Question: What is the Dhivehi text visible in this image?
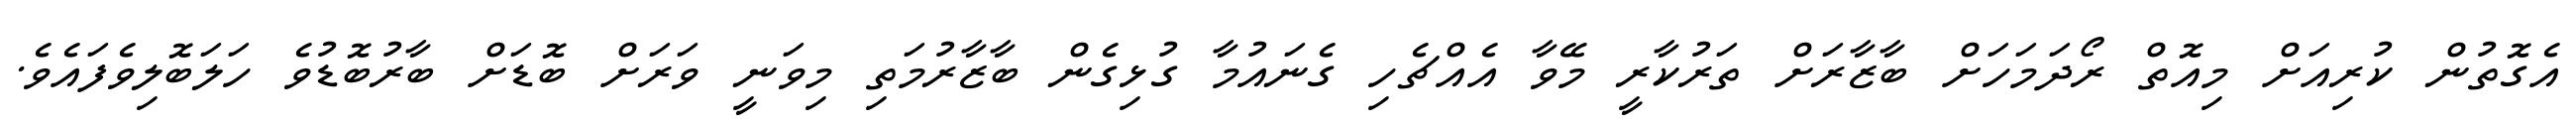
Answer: އެގޮތުން ކުރިއަށް މިއޮތް ރޯދަމަހަށް ބާޒާރަށް ތަރުކާރީ މޭވާ އެއްޗެހި ގެނައުމާ ގުޅިގެން ބާޒާރުމަތި މިވަނީ ވަރަށް ބޮޑަށް ބާރުބޮޑުވެ ހަލަބޮލިވެފައެވެ.